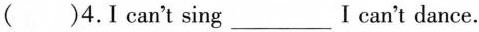
( )4.I can't sing ___ I can't dance.